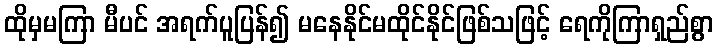
ထိုမှမကြာ မီပင် အရက်ပူပြန်၍ မနေနိုင်မထိုင်နိုင်ဖြစ်သဖြင့် ရေကိုကြာရှည်စွာ